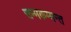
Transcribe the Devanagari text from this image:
सम्मकम्मन्त